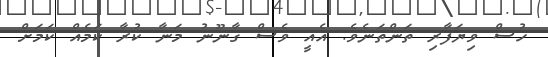
ހުސް ވިޔަފާރި ތަންތަނެވެ. އެއީ ވެސް ގާނޫނު މަނާ ކުރާ ކަމެއް ކަމަށް